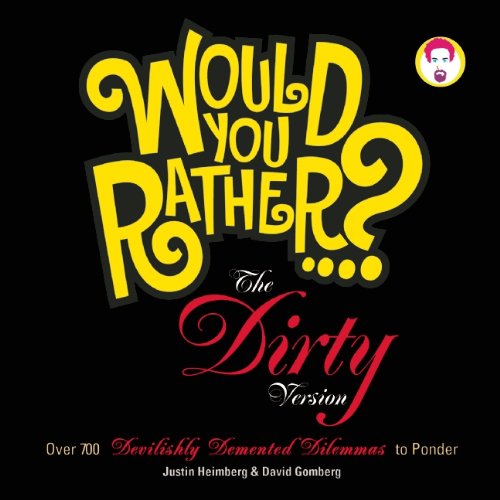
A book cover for Would You Rather...?: The Dirty Version: Over 300 Tremendously Titillating Dilemmas to Ponder; Justin Heimberg; Humor & Entertainment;